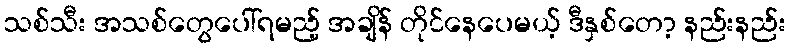
သစ်သီး အသစ်တွေပေါ်ရမည့် အချိန် တိုင်နေပေမယ့် ဒီနှစ်တော့ နည်းနည်း